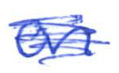
Text: on
Cross-out: scratch
Writing tool: ballpoint